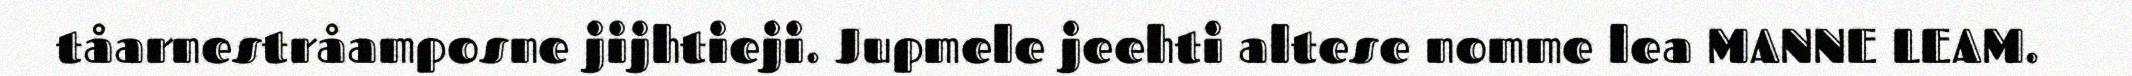
tåarnestråamposne jijhtieji. Jupmele jeehti altese nomme lea MANNE LEAM.